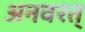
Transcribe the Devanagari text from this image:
अनवरत्